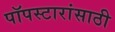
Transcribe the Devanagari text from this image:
पॉपस्टारांसाठी